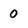
Character: 0